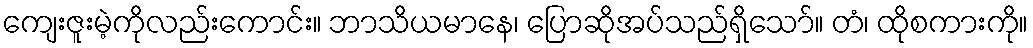
ကျေးဇူးမဲ့ကိုလည်းကောင်း။ ဘာသိယမာနေ၊ ပြောဆိုအပ်သည်ရှိသော်။ တံ၊ ထိုစကားကို။